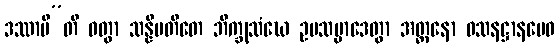
ဒဿာမီ”တိ ဝတွာ သန္နိပတိတေ ဘိက္ခုသံဃေ ဥပသမ္ပာဒေတွာ အတ္တနော ဝသနဋ္ဌာနမေဝ